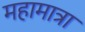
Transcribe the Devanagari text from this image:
महामात्रा